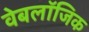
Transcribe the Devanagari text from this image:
वेबलॉजिक